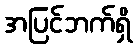
အပြင်ဘက်ရှိ